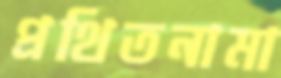
প্রথিতনামা